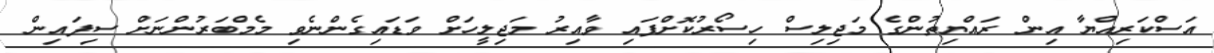
އަސްކަރިއްޔާ އިން ރައްޔިތުންގެ މަޖިލިސް ހިސޯރުކޮށްފައި ވާއިރު މަޖިލީހަށް ވަޑައިގެންނެވި މެމްބަރުންނަށް ސިފައިން